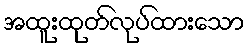
အထူးထုတ်လုပ်ထားသော